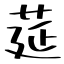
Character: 莚